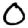
Digit: 0